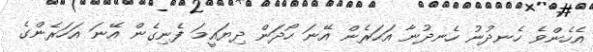
އެހެންވެ ހެނދުނު ހެނދުނާ އަހަރެން އޭނަ ހޯދަން ދިޔައީމަ ފެނިގެން އޭނަ އަހަރެންގެ